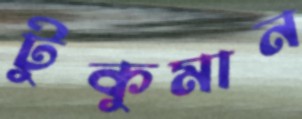
টুকুমান